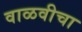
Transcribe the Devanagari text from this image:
वाळवीचा